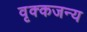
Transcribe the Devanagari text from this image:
वृक्कजन्य